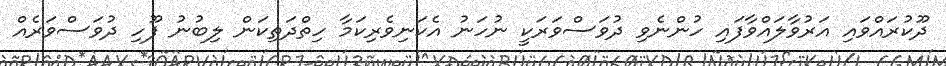
ދޫކުރައްވައި އަރުވާލައްވާފައި ހުންނެވި ދުވަސްވަރަކީ ނުހަނު އެކަނިވެރިކަމާ ހިތްދަތިކަން ލިބުނު ފޫހި ދުވަސްވަރެއް